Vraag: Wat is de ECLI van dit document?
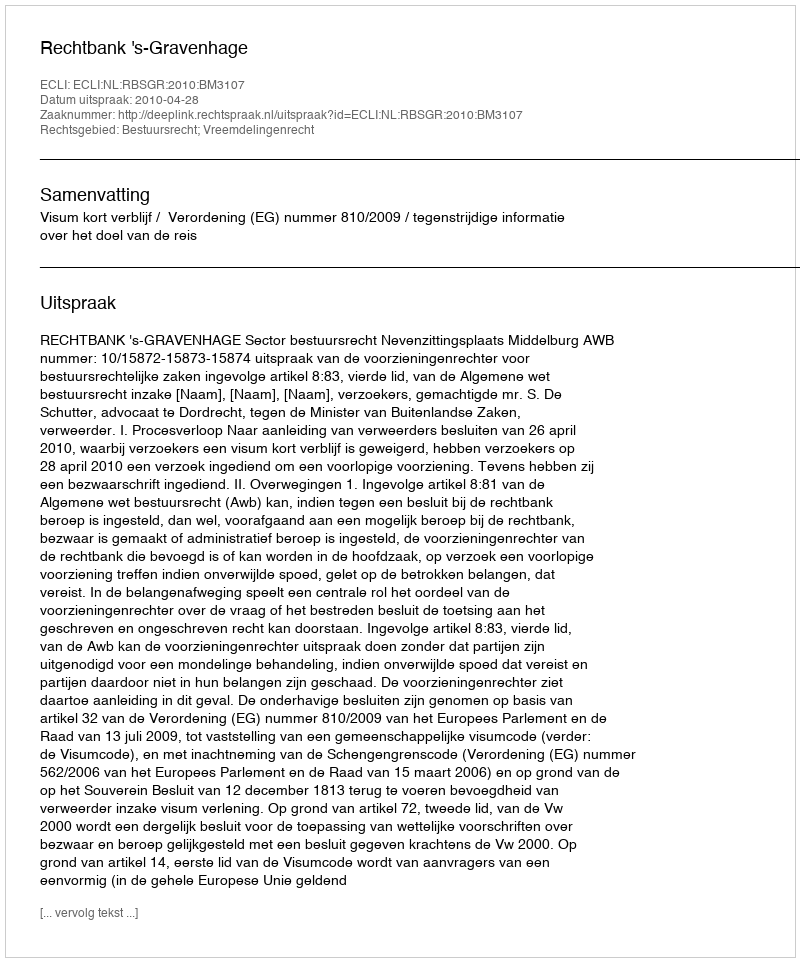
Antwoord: ECLI:NL:RBSGR:2010:BM3107